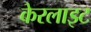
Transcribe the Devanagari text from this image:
केरलाइट